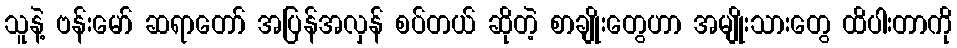
သူနဲ့ ဗန်းမော် ဆရာတော် အပြန်အလှန် စပ်တယ် ဆိုတဲ့ စာချိုးတွေဟာ အမျိုးသားတွေ ထိပါးတာကို